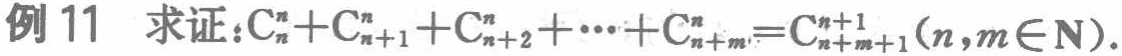
例 11 求证：\(C_{n}^{n}+C_{n + 1}^{n}+C_{n + 2}^{n}+\cdots +C_{n + m}^{n}=C_{n + m + 1}^{n + 1}(n,m\in N)\)。